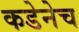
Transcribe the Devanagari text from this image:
कडेनेच